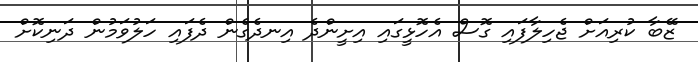
ޒޭބާ ކުރިއަށް ޖެހިލާފައި ގޮސް އެހޮޅީގައި އިށީންދެ އިނދެގެން ދެފައި ހަލުވަމުން ދަނިކޮށް